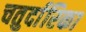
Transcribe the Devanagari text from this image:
चतुर्दारिका